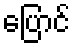
ပြောင်